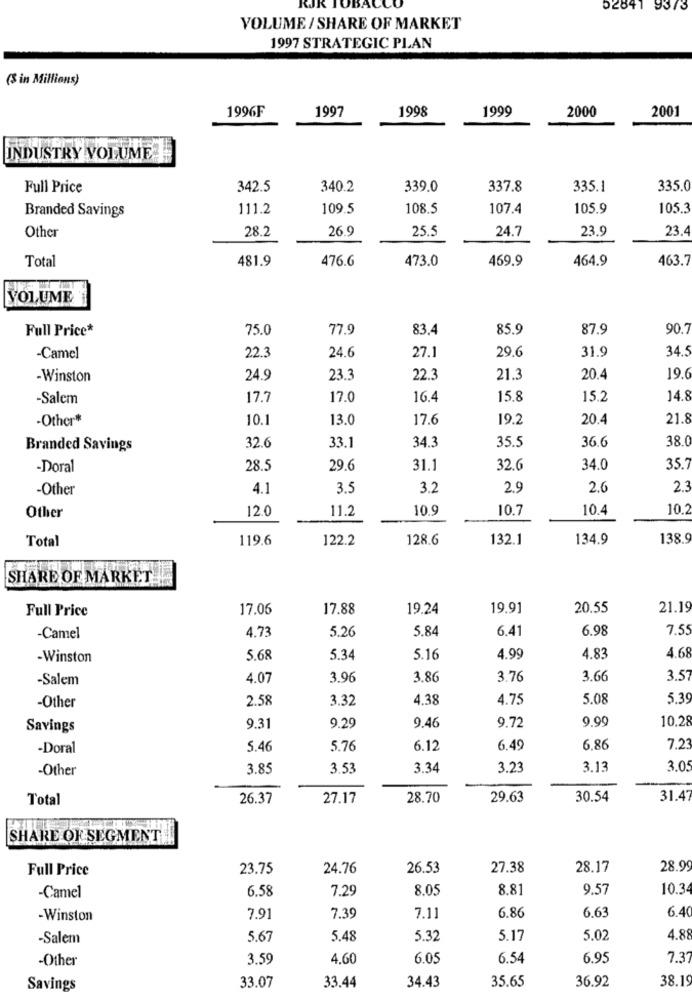
KJJ.
52841 9373
VOLUME / SHARE OF MARKET
1997 STRATEGIC PLAN
(% in Millions)
1996F
1997
1998
1999
2000
2001
INDUSTRY VOLUME:
Full Price
342.5
340.2
339.0
337.8
335.1
335.0
Branded Savings
111.2
109.5
108.5
107.4
105.9
105.3
28.2
26.9
24.7
23.9
23.4
Other
25.5
Total
481.9
476.6
473.0
469.9
464.9
463.7
VOLUME
Full Price*
75.0
77.9
83.4
85.9
87.9
90,7
22.3
24.6
29.6
31.9
34.5
-Camel
27.1
-Winston
24.9
23.3
22.3
21.3
20.4
19.6
-Salem
17.7
17.0
16.4
15.8
15.2
14.8
-Other*
10.1
13.0
17.6
19.2
20.4
21.8
34.3
35.5
38.0
Branded Savings
32.6
33.1
36.6
-Dora
28.5
29.6
31.1
32.6
34.0
35.7
-Other
4.1
3.5
3.2
2.9
2.0
2.3
12.0
11.2
10.9
10.7
10.4
10.2
Other
Total
119.6
122.2
128.6
132.1
134.9
138.9
SHARE OF MARKET
Full Price
17.05
17.88
19.24
19.91
20.55
21.19
4.73
5.26
5.84
6.41
6.98
7.55
-Camel
-Winston
5.68
5.34
5.16
4.99
4.83
4.68
-Salem
4.07
3.96
3.86
3.76
3.66
3.57
2.58
3.32
4.38
4.75
5.08
5.39
-Other
9.72
9.99
10,28
Savings
9.31
9.29
9.46
-Doral
5.46
5.76
6.12
6.49
6,86
7.23
-Other
3.85
3.53
3.34
3.23
3.13
3.05
Total
26.37
27.17
28.70
29.63
30.54
31.47
SHARE OF SEGMENT
Full Price
23.75
24.76
26.53
27.38
28.17
28.99
6.58
7.29
8.05
8.81
9.57
10.34
-Camel
6.86
6.63
6.40
-Winston
7.91
7.39
7.11
-Salem
5.67
5.48
5.32
5.17
5.02
4.88
-Other
3.59
4.60
6.05
6.54
6.95
7.37
35.65
36.92
38.19
Savings
33.07
33.44
34.43